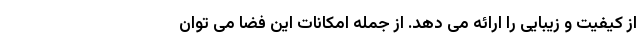
از کیفیت و زیبایی را ارائه می دهد. از جمله امکانات این فضا می توان